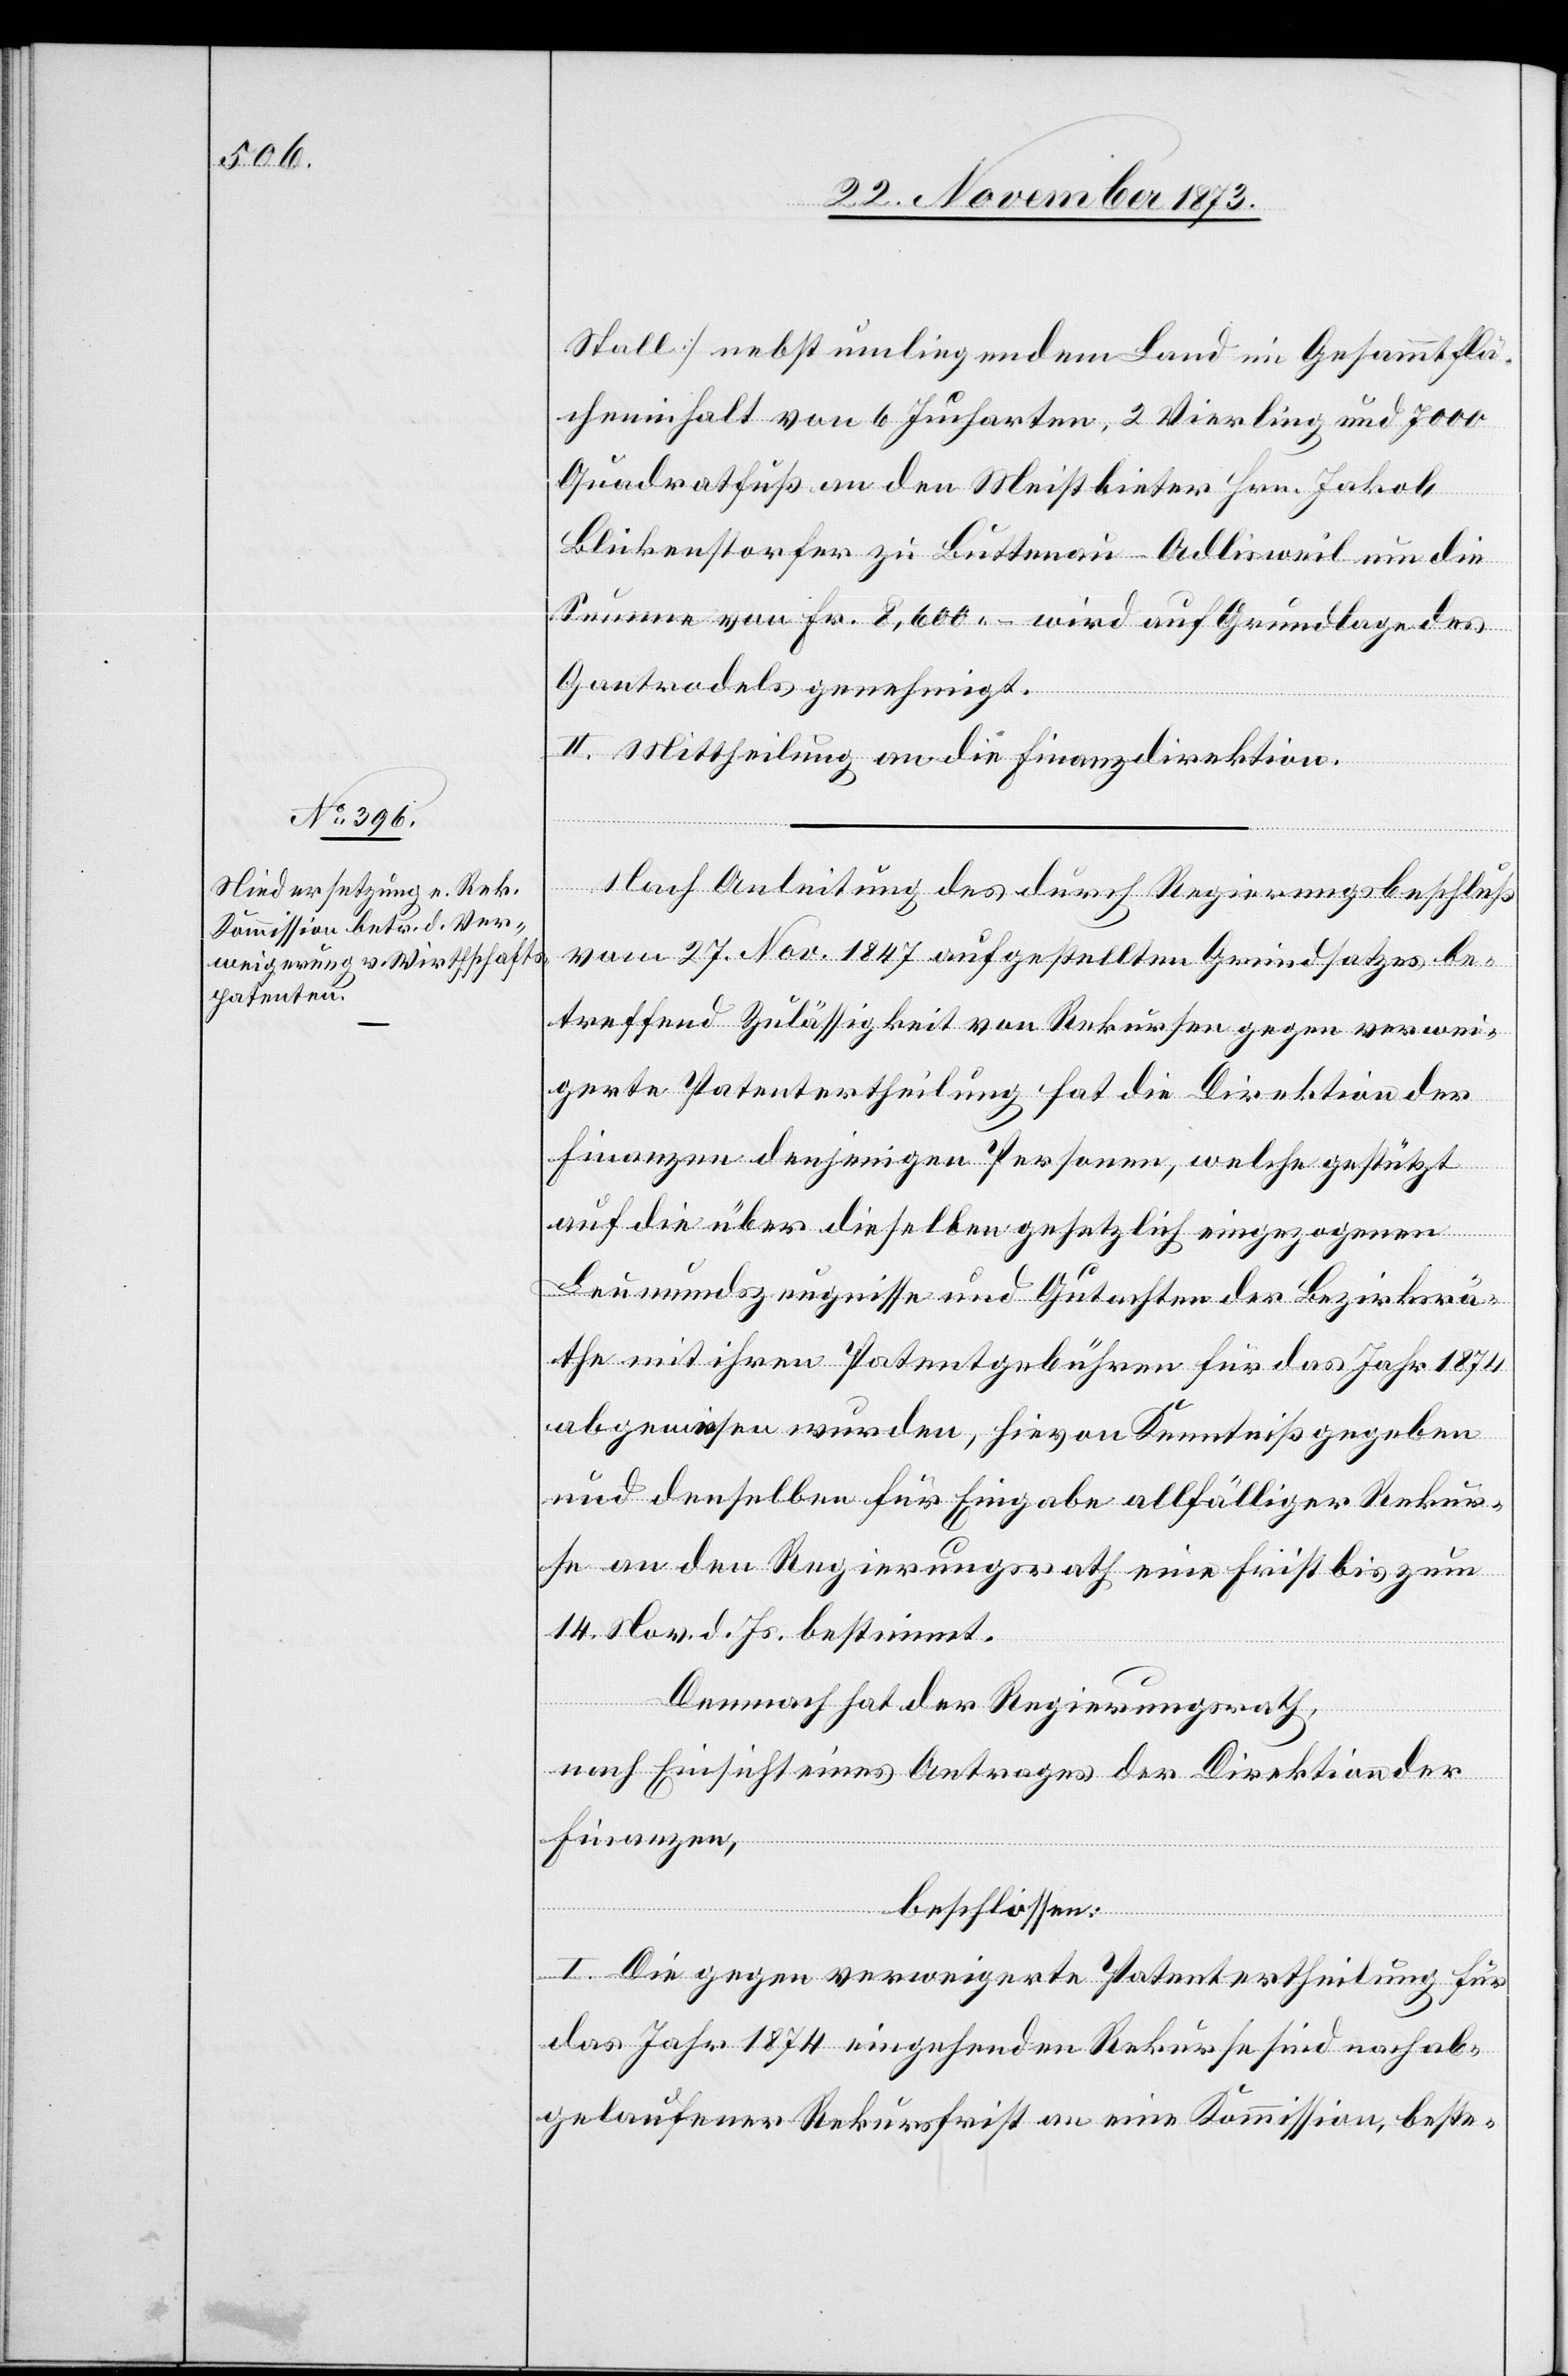
Stall] nebst umliegendem Land im Gesammtflä¬
cheninhalt von 6 Jucharten, 2 Vierling und 7 000
Quadratfuß an den Meistbieter Hrn. Jakob
Blickenstorfer zu Buttenau - Adlisweil um die
Summe von Fr. 8,600 – wird auf Grundlage des
Gantrodels genehmigt.
II. Mittheilung an die Finanzdirektion.
Nach Anleitung des durch Regierungsbeschluß
vom 27. Nov. 1847 aufgestellten Grundsatzes be¬
treffend Zulässigkeit von Rekursen gegen verwei¬
gerte Patentertheilung hat die Direktion der
Finanzen denjenigen Personen, welche gestützt
auf die über dieselben gesetzlich eingezogenen
Leumundszeugnisse und Gutachten der Bezirksrä¬
the mit ihren Patentgebühren für das Jahr 1874
abgewiesen wurden, hievon Kenntniß gegeben
und denselben für Eingabe allfälliger Rekur¬
se an den Regierungsrath eine Frist bis zum
14. Nov. d. Js. bestimmt.
Demnach hat der Regierungsrath,
nach Einsicht eines Antrages der Direktion der
Finanzen,
beschlossen:
I. Die gegen verweigerte Patentertheilung für
das Jahr 1874 eingehenden Rekurse sind nach ab¬
gelaufener Rekursfrist an eine Kommission, beste-